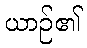
ယာဉ်၏